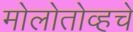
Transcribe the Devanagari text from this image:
मोलोतोव्हचे